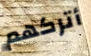
أتركهم